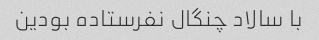
با سالاد چنگال نفرستاده بودین